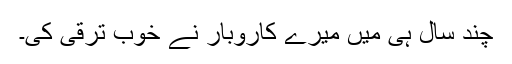
چند سال ہی میں میرے کاروبار نے خوب ترقی کی۔